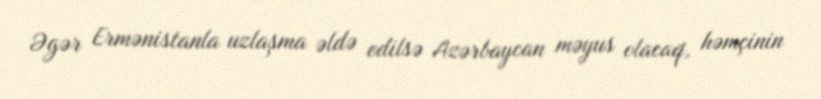
Əgər Ermənistanla uzlaşma əldə edilsə Azərbaycan məyus olacaq, həmçinin